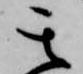
其